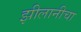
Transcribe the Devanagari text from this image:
झीलानीचा